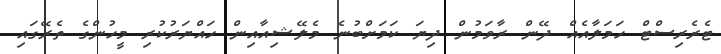
ޓެރެރިސްޓް ހަމަލާއެއް ދޭން ރާވަމުން ދިޔަ ކަމަށްބުނެ މެލޭޝިއާއިން ހައްޔަރުކުރި މީހުންގެ ތެރޭގައި